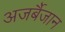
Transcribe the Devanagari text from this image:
अजर्बैजान